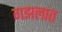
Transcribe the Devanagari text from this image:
गझलात